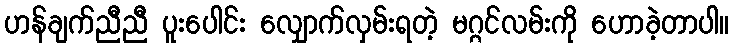
ဟန်ချက်ညီညီ ပူးပေါင်း လျှောက်လှမ်းရတဲ့ မဂ္ဂင်လမ်းကို ဟောခဲ့တာပါ။